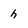
Character: h